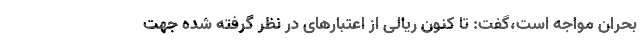
بحران مواجه است،گفت: تا کنون ریالی از اعتبارهای در نظر گرفته شده جهت